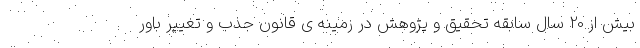
بیش از 20 سال سابقه تحقیق و پژوهش در زمینه ی قانون جذب و تغییر باور